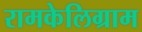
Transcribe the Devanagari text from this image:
रामकेलिग्राम